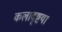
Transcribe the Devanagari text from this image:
कलादृष्टया